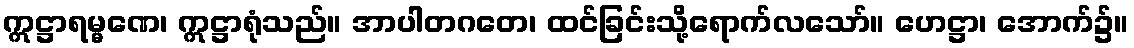
ဣဋ္ဌာရမ္မဏေ၊ ဣဋ္ဌာရုံသည်။ အာပါတဂတေ၊ ထင်ခြင်းသို့ရောက်လသော်။ ဟေဋ္ဌာ၊ အောက်၌။